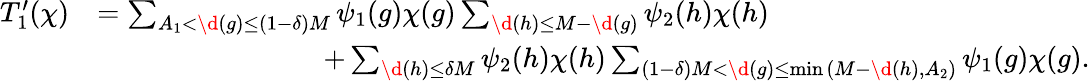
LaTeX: \begin{array}{rl}{T_{1}^{\prime}(\chi)}&{=\sum_{A_{1}<\d(g)\leq(1-\delta)M}\psi_{1}(g)\chi(g)\sum_{\d(h)\leq M-\d(g)}\psi_{2}(h)\chi(h)}\\ &{\qquad\qquad\qquad\qquad+\sum_{\d(h)\leq\delta M}\psi_{2}(h)\chi(h)\sum_{(1-\delta)M<\d(g)\leq\operatorname*{min}{(M-\d(h),A_{2})}}\psi_{1}(g)\chi(g).}\end{array}